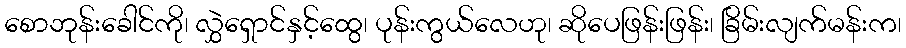
စောဘုန်းခေါင်ကို၊ လွှဲရှောင်နှင့်ထွေ၊ ပုန်းကွယ်လေဟု၊ ဆိုပေဖြန်းဖြန်း၊ ခြိမ်းလျက်မန်းက၊